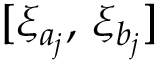
[ \xi _ { a _ { j } } , \, \xi _ { b _ { j } } ]